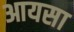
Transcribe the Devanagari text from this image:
आयसा